Bréfritari: Jakobína Jónsdóttir
Viðtakandi: Sólveig Jónsdóttir
Dagsetning: A-1881-11-30
Skrifað á: Bessastöðum  Gull.
systir bréfviðtakanda

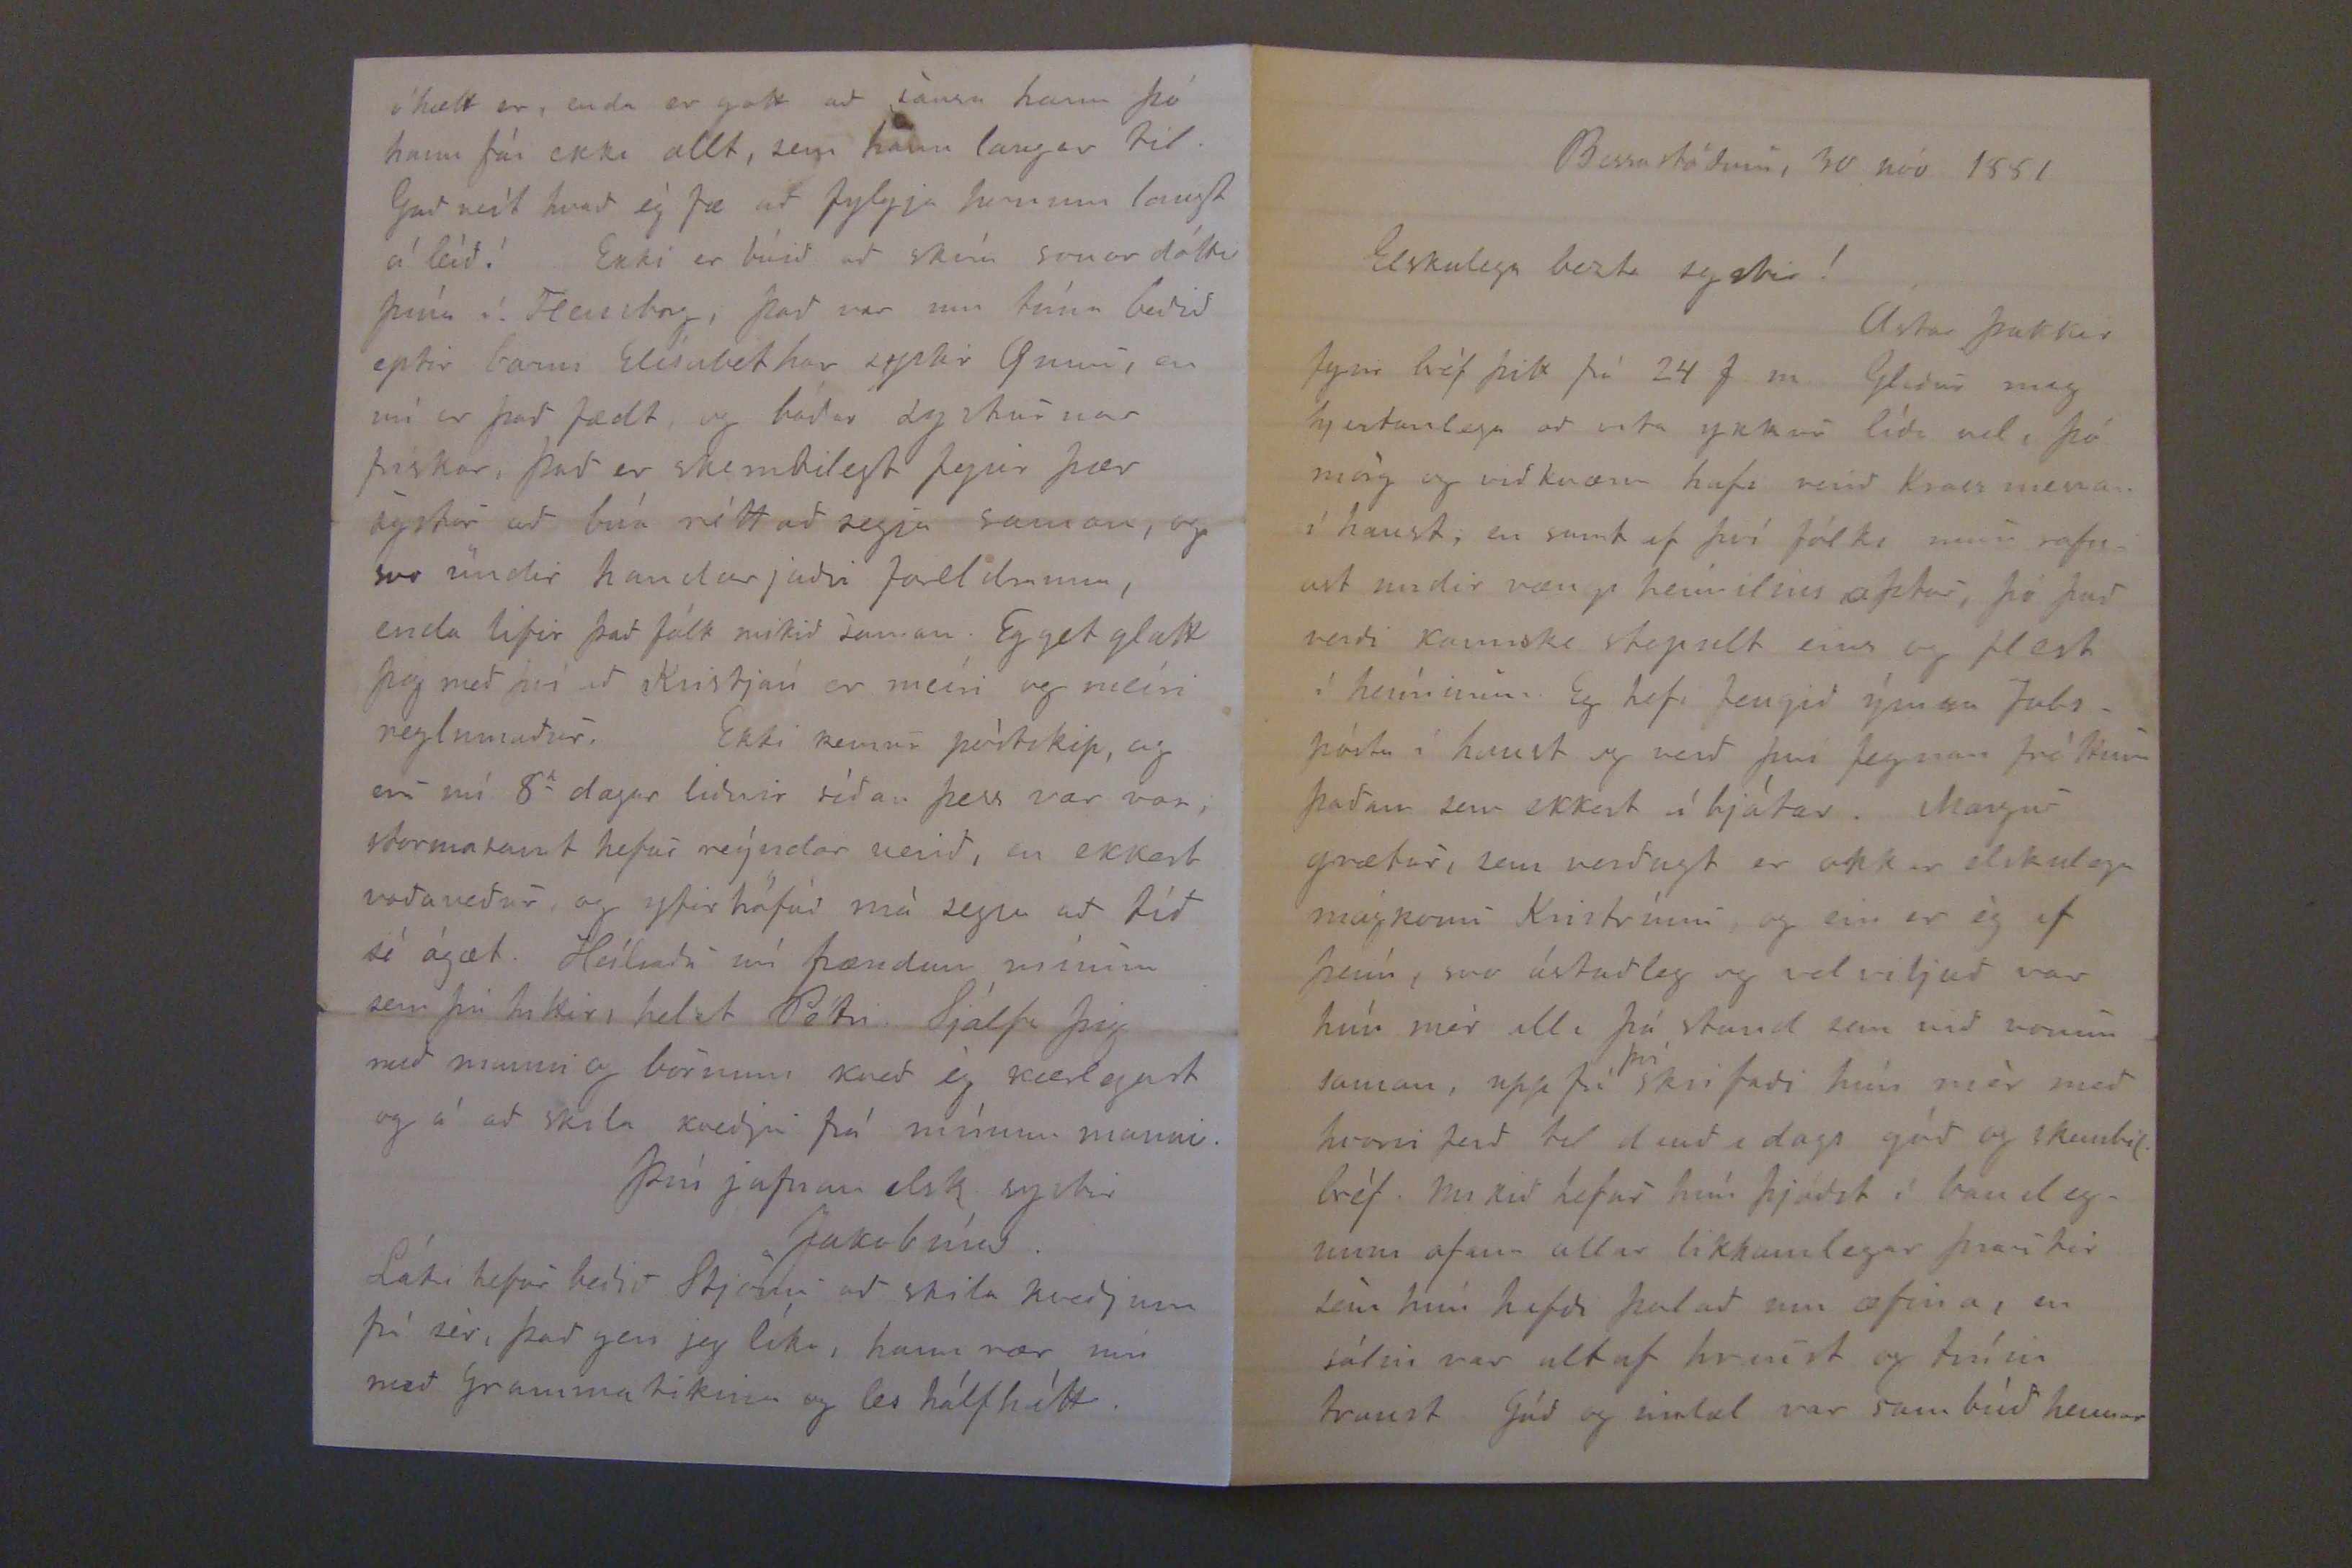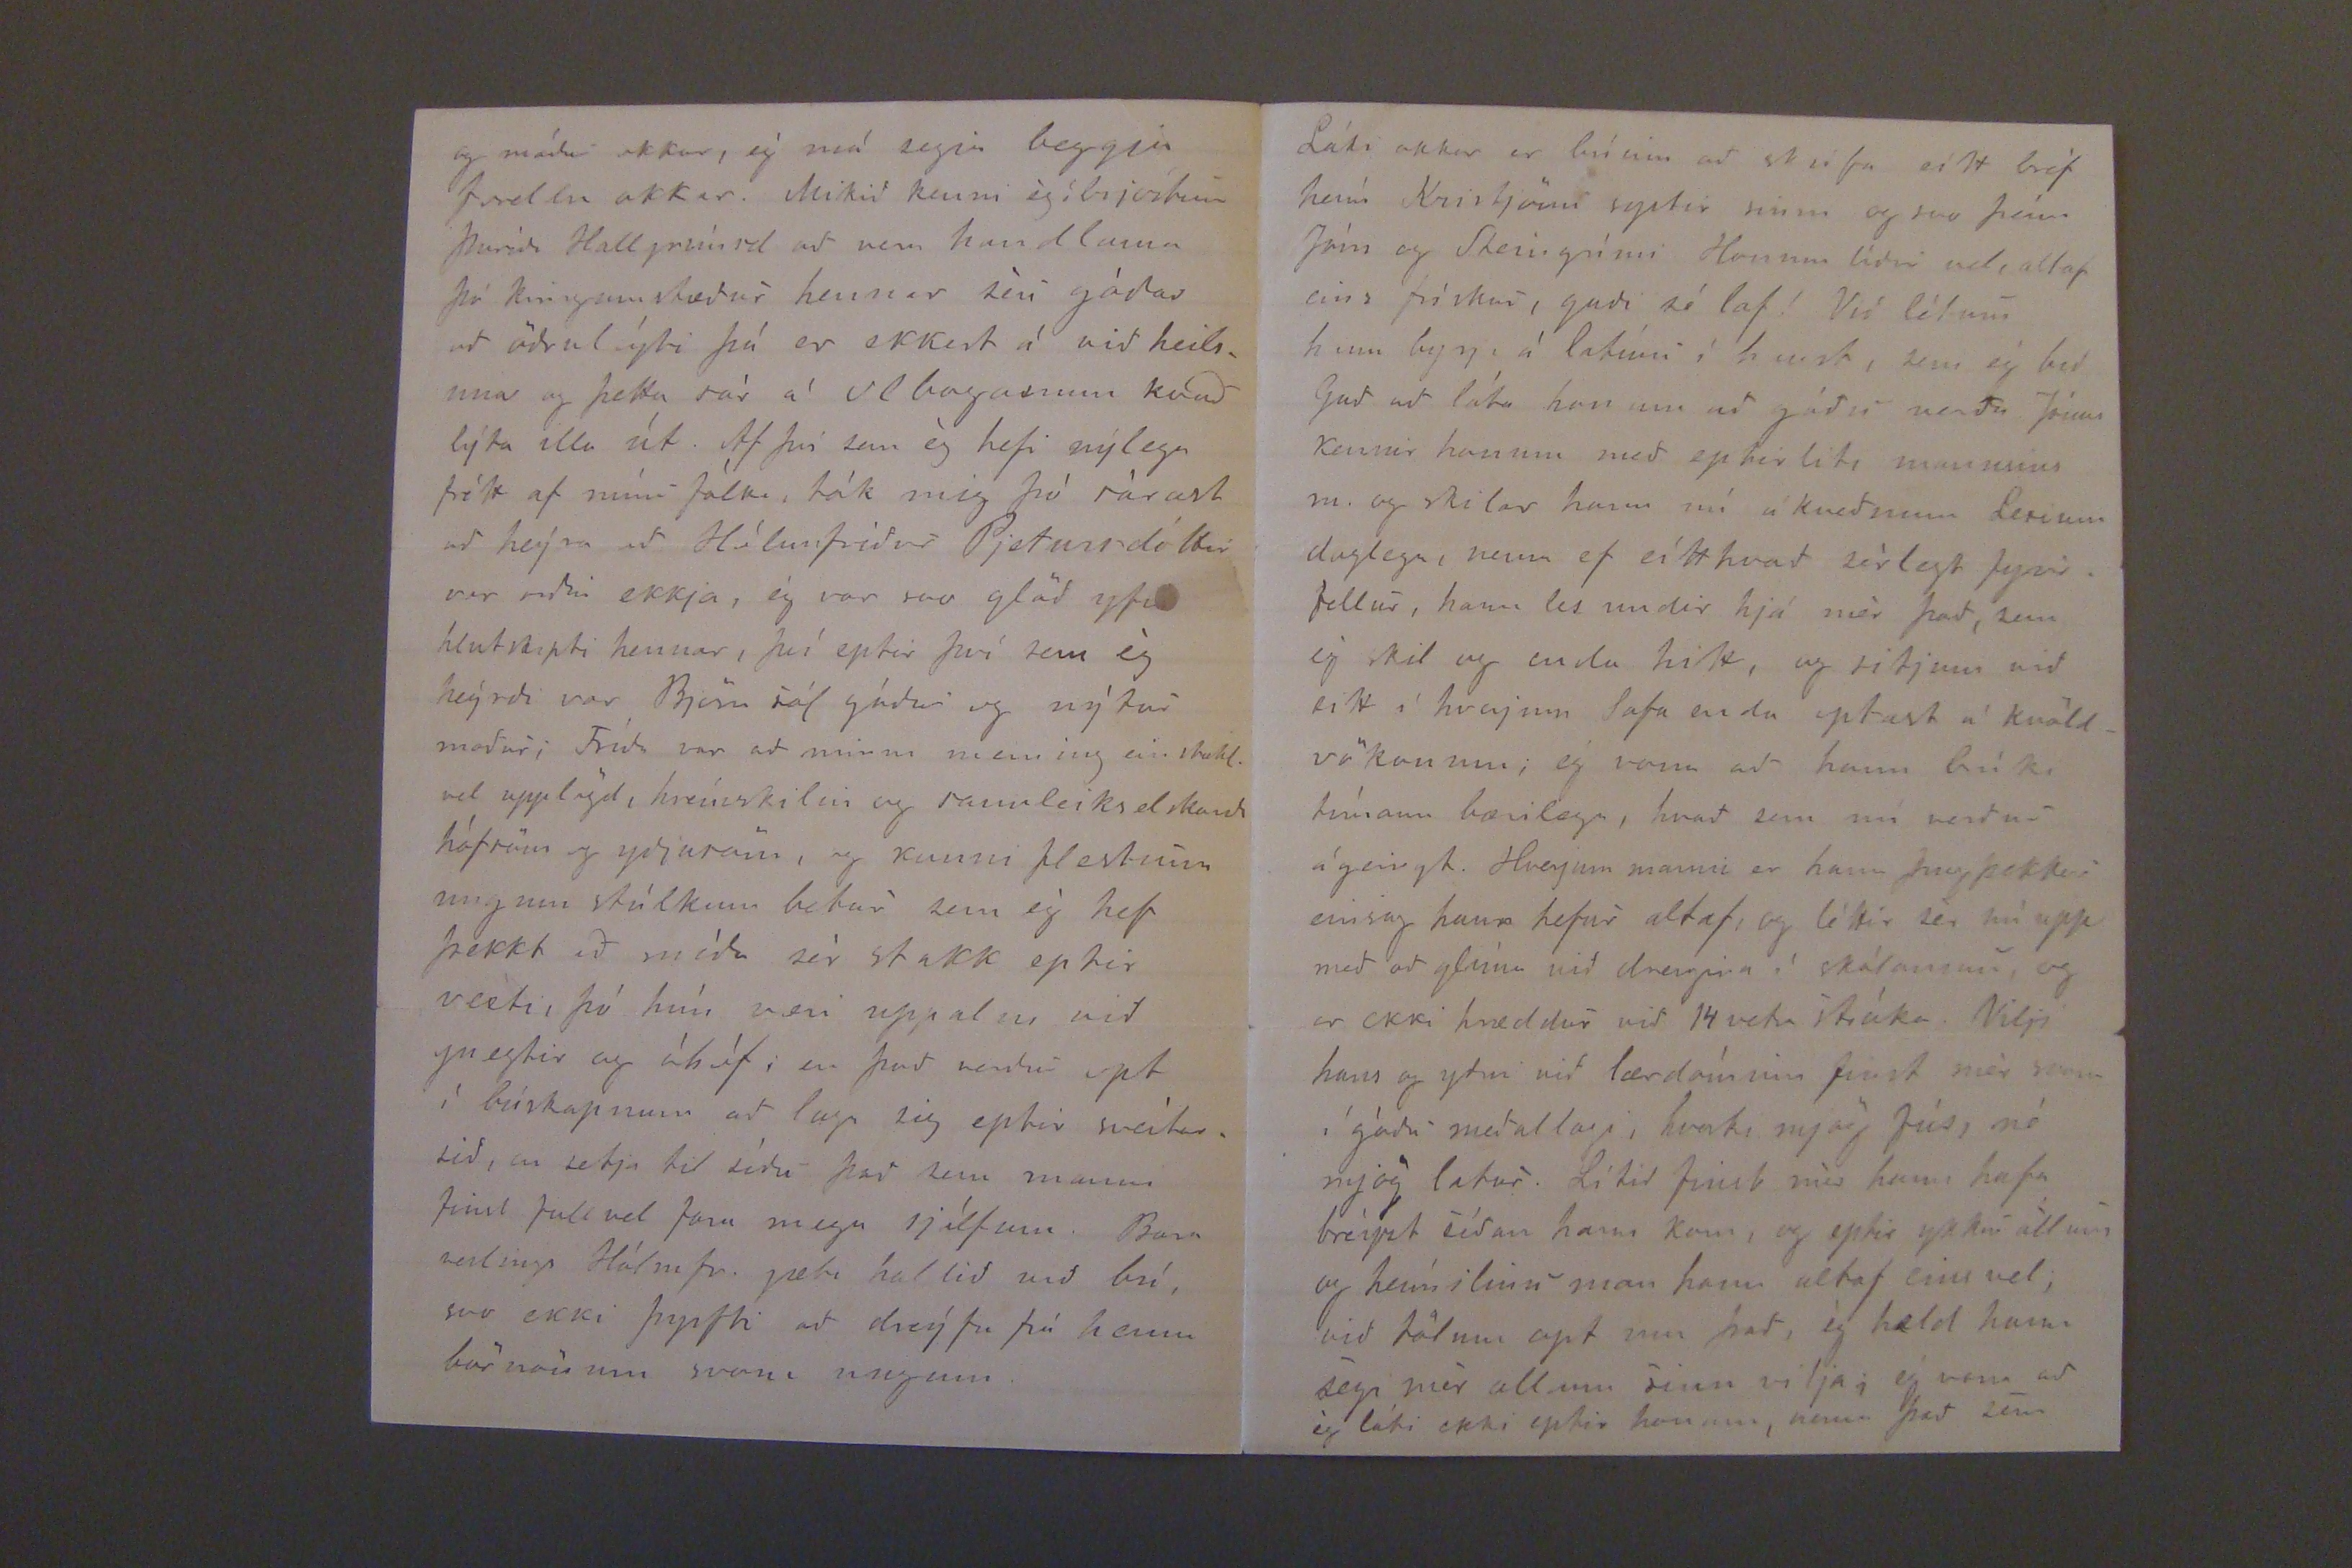

Bessastöðum, 30 nóv 1881
Eslkulega bezta systir!
Ástar þakkir fyrir béf þitt frá 24 f.m. Gleður mig hjartanlega að vita ykkur líði vel, þó mörg og viðkvæm hafi verid Krass mina í haust, en sumt af því fólki mun safnast undir vængi heímilins aptur, þó það verði kannske stipult eins og flest í heíminum. Eg hefi fengið ýmsu Jabspósta í haust og verð því fegnar fréttum þaðan sem ekkert á bjátar. Margur grætur, sem verðugt er okkar elskulega mágkonu Kristrúnu og ein er ég af þeím, svo ástuðleg og velviljað var hún mér alla þá stund sem við vorum saman, uppfrá
því
skrifaði hún mér með hvorri ferð til dauðadags góð og skemtil. bréf. Mikið hefur hún þáðst í banalegunni af um allar likhamlegar þrautir sem hún hafði þolað um æfina, en sálin var altaf hraust og trúin traust Gúð og indæl var sambúð hennar
og móður okkar, ég má segja beggja frellu okkar. Mikið kenni ég í brjóstum Þuríði Hallgrímsd að vera handlama þó kringumstæður hennar séu góðar að öðruleýti þá er ekkert á við heilsuna og þetta sár á Olboganum kvað lýta illa út. Af því sem ég hefi nýlega frétt af mínu fólki, tók mig þó sárast að heíra að Hólmfríður Pjetursdóttir var orðin ekkja, ég var svo glöð yfir hlutskipti hennar, því eptir því sem ég heýrði var Björn sál góður og nýtur maður; Fríða var að minni meining einstakl. vel upplögd, hreínsskilin og sannleikselskandi hófsöm og yðjusöm, og kunni flestum ungum stúlkum betur sem ég hef þekkt að míða sér stakk eptir vexti, þó hún væri uppalin við pregtir og áhóf; en það verður opt í búskapnum að laga sig eptir sveítarsið, en setja til síðu það sem manni finst full vel fara mega sjálfum. Barn veslings Hólmfr. gæti hallið við bú, svo ekki þyrfti að dreýta frá henni börnönum svona ungum.
ó hætt er, enda er Gott að sánsa hann þó hann fái ekki allt, sem hann langar til. Guð veít hvað ég fæ að fylgja honum langt á leíð! Ekki er búið að skíra sonardóttir þína á Flensborg, það var um tíma beðið eptir barni Elísabethar systir Gunu, en nú er það fædt og báðar systurnar frískar, það er skemtilegt fyrir þær systur að búa rétt að segja saman, og svo undir handarjaðri foreldrum, enda lifir það fólk mikið saman. Eg get glatt þig með því að Kristján er meíri og meíri reglumaður. Ekki kemur póstskip, og eru nú 8a dagar liðnir síðan þess var var; stormasamt hefur reýndar verið, en ekkert voðaveður, og yfirhöfuð má segja að tíð sé ágæt. Heilsaðu nú frændum mínum sem þú hittir, helzt Petri. Sjálfa þig með manni og börnum kveð ég kærlegast og á að skila kveðju frá mínum manni.
Þín jafnan elsk systir
Jakobína.
Láki hefur beðið Stjönu að skila kveðjum frá sér, það geri jeg líka, hann nær um með Grammatikina og les hálfhítt.
Láki okkar er búinn að skrifa eitt bréf heím Kristjönu systir sinni og svo þeím Jóni og Steingrími Honum líður vel, altaf eins frískur, guði sé lof! VIð létum hann byrja á latínu í haust, sem ég bið Guð að láta honum að góðu verða Jónas kennir honum með eptirliti mannsins m. og skilar hann nú á kveðnum Lexium daglega, nema ef eítthvað sérlegt fyrirfellur, hann les undir hjá mér það, sem ég skil og enda hitt, og sitjum við sitt í hverjum lafa enda optast á kvöldvökunum; ég vona að hann brúki tímann bærilega, hvað sem nú verður ágeingt. Hverjum manni er hann hugþekkur einsog hann hefur altaf, og léttir sér nú upp með að glíma við drengina í skólanum, og er ekki hræddur við 14 vetra stráka. Vilji hans og ytni við lærdóminn finst mér svona í góðu meðallagi, hvorki mjög fús, né mjög latur. Lítis finst mér hann hafa breýzt síðan hann kom, og eptir ykkur öllum og heímilinu man hann altaf einsvel; við tölum opt um það, ég held hann segi mér allann sinn vilja; ég vona að ég láti ekki eptir honum, nema það sem